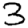
Digit: 3